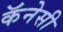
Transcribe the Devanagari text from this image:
कॅनेसी